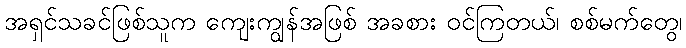
အရှင်သခင်ဖြစ်သူက ကျေးကျွန်အဖြစ် အခစား ဝင်ကြတယ်၊ စစ်မက်တွေ၊